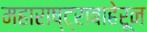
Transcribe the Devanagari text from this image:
महाराष्ट्राबाहेरून